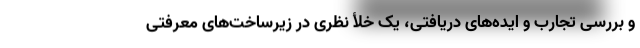
و بررسی تجارب و ایده‌های دریافتی، یک خلأ نظری در زیرساخت‌های معرفتیِ